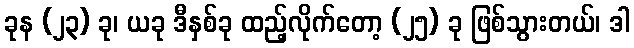
ခုန (၂၃) ခု၊ ယခု ဒီနှစ်ခု ထည့်လိုက်တော့ (၂၅) ခု ဖြစ်သွားတယ်၊ ဒါ